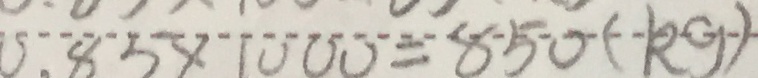
0 . 8 5 \times 1 0 0 0 = 8 5 0 ( k g )